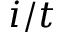
i / t